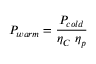
P _ { w a r m } = { \frac { P _ { c o l d } } { \eta _ { C } \ \eta _ { p } } }